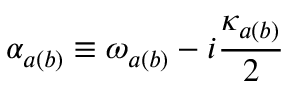
\alpha _ { a ( b ) } \equiv \omega _ { a ( b ) } - i \frac { \kappa _ { a ( b ) } } { 2 }